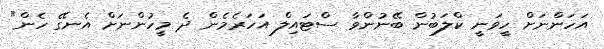
އަހަންނަށް ހީވަނީ ކްލަބުން ބޭނުންވާ ސްޓައިލް އަހަރެމެން ދެ މީހުންނަށް އެނގޭ ހެން"